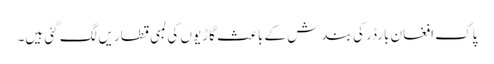
پاک افغان بارڈر کی بندش کے باعث گاڑیوں کی لمبی قطاریں لگ گئی ہیں۔